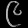
Digit: ၉